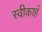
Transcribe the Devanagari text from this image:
स्वीकार्ह